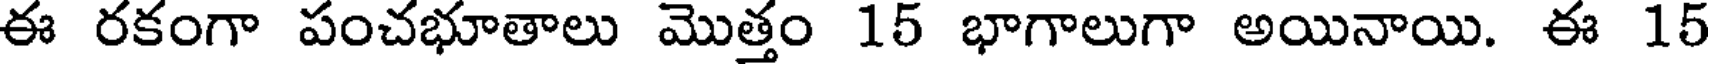
ఈ రకంగా పంచభూతాలు మొత్తం 15 భాగాలుగా అయినాయి. ఈ 15